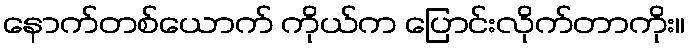
နောက်တစ်ယောက် ကိုယ်က ပြောင်းလိုက်တာကိုး။